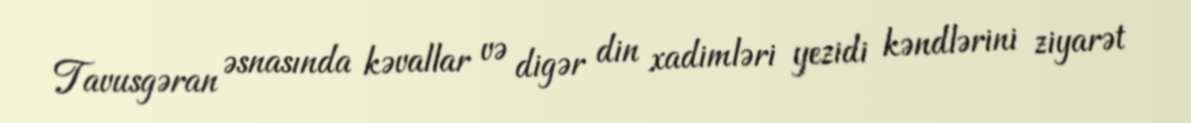
Tavusgəran əsnasında kəvallar və digər din xadimləri yezidi kəndlərini ziyarət